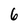
Character: 6